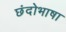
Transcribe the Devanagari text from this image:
छंदोभाषा